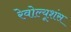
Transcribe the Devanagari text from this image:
रेवोल्यूशंस